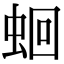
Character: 蛔